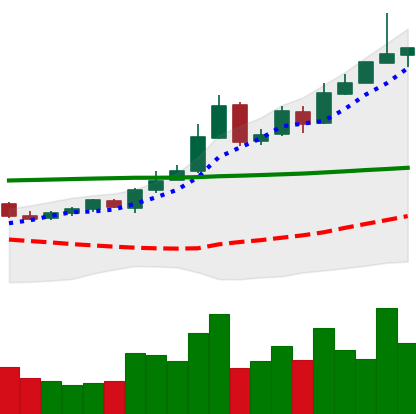
Ticker: BTC-USD
Chart end date: 2015-10-26
Forward return: 10.118%
Label: up_7plus